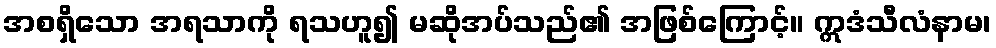
အစရှိသော အရသာကို ရသဟူ၍ မဆိုအပ်သည်၏ အဖြစ်ကြောင့်။ ဣဒံသီလံနာမ၊